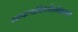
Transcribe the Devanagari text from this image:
सापत्यविधवेसोबतचं